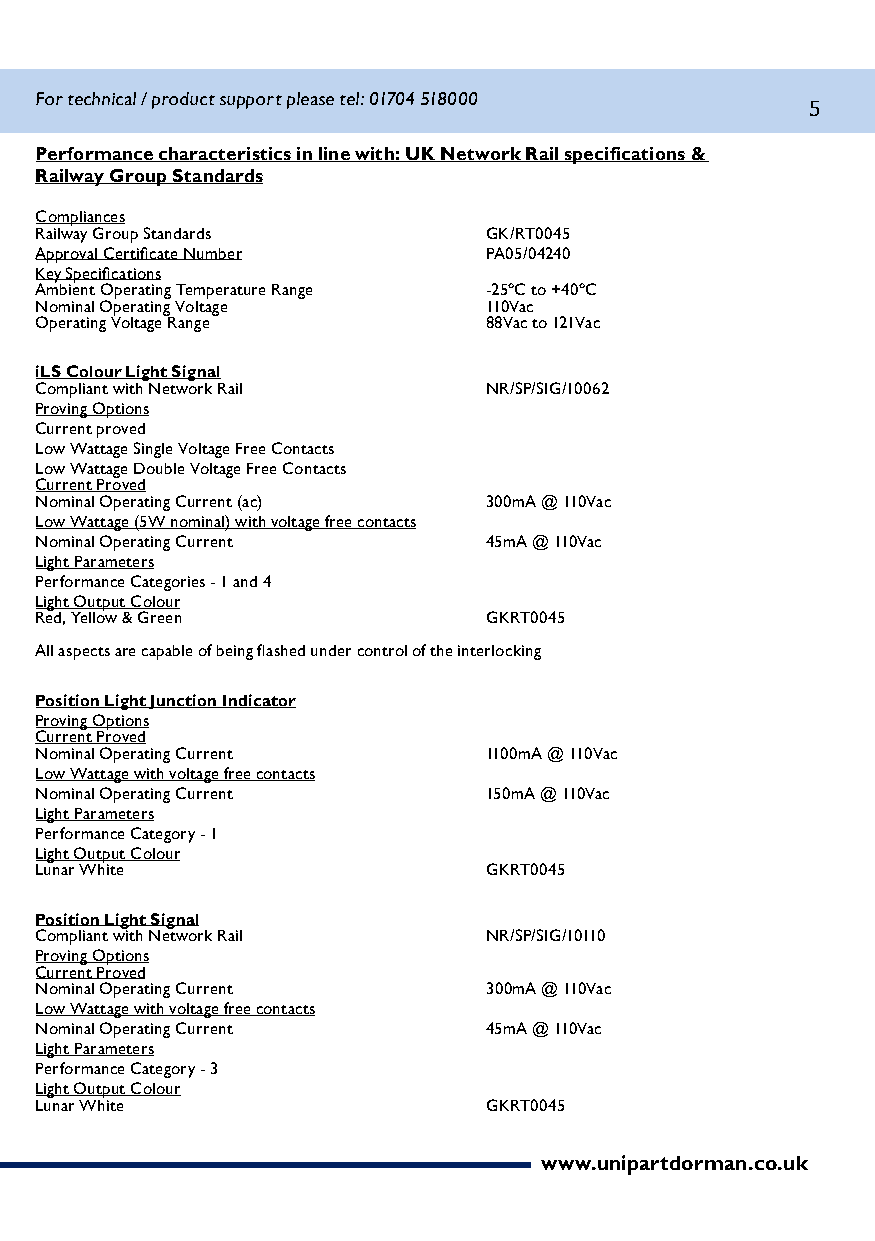
For technical / product support please tel: 01704 518000
 5
 Performance characteristics in line with: UK Network Rail specifications &
 Railway Group Standards
 Compliances
 Railway Group Standards       GK/RT0045
 Approval Certificate Number PA05/04240
 Key Specifications
 Ambient Operating Temperature Range -25ºC to +40ºC
 Nominal Operating Voltage     110Vac
 Operating Voltage Range       88Vac to 121Vac
 iLS Colour Light Signal
 Compliant with Network Rail   NR/SP/SIG/10062
 Proving Options
 Current proved
 Low Wattage Single Voltage Free Contacts
 Low Wattage Double Voltage Free Contacts
 Current Proved
 Nominal Operating Current (ac) 300mA @ 110Vac
 Low Wattage (5W nominal) with voltage free contacts
 Nominal Operating Current     45mA @ 110Vac
 Light Parameters
 Performance Categories - 1 and 4
 Light Output Colour
 Red, Yellow & Green           GKRT0045
 All aspects are capable of being flashed under control of the interlocking
 Position Light Junction Indicator
 Proving Options
 Current Proved
 Nominal Operating Current     1100mA @ 110Vac
 Low Wattage with voltage free contacts
 Nominal Operating Current     150mA @ 110Vac
 Light Parameters
 Performance Category - 1
 Light Output Colour
 Lunar White                   GKRT0045
 Position Light Signal
 Compliant with Network Rail   NR/SP/SIG/10110
 Proving Options
 Current Proved
 Nominal Operating Current     300mA @ 110Vac
 Low Wattage with voltage free contacts
 Nominal Operating Current     45mA @ 110Vac
 Light Parameters
 Performance Category - 3
 Light Output Colour
 Lunar White                   GKRT0045
 www.unipartdorman.co.uk